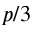
p / 3